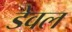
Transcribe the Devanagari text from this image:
डेवल